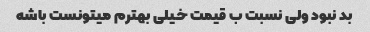
بد نبود ولی نسبت ب قیمت خیلی بهترم میتونست باشه